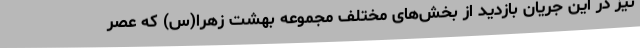
نیز در این جریان بازدید از بخش‌های مختلف مجموعه بهشت زهرا(س) که عصر